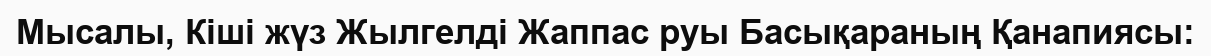
Мысалы, Кіші жүз Жылгелді Жаппас руы Басықараның Қанапиясы: